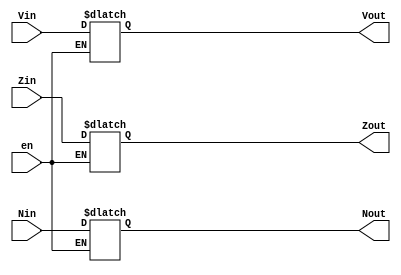
module statusRegister(en, Vin, Zin, Nin, Vout, Zout, Nout);
input en;
input Zin;// Zero flag input from ALU
input Nin;// Negative flag input from ALU
input Vin;// Overflow flag input from ALU
output reg Zout;// Zero flag
output reg Nout;// Negative flag
output reg Vout; // Overflow flag

always @* begin
    if (en) begin
        // update Z, N, and V flags from ALU inputs
        Zout = Zin;
        Nout = Nin;
        Vout = Vin;
    end
end

endmodule